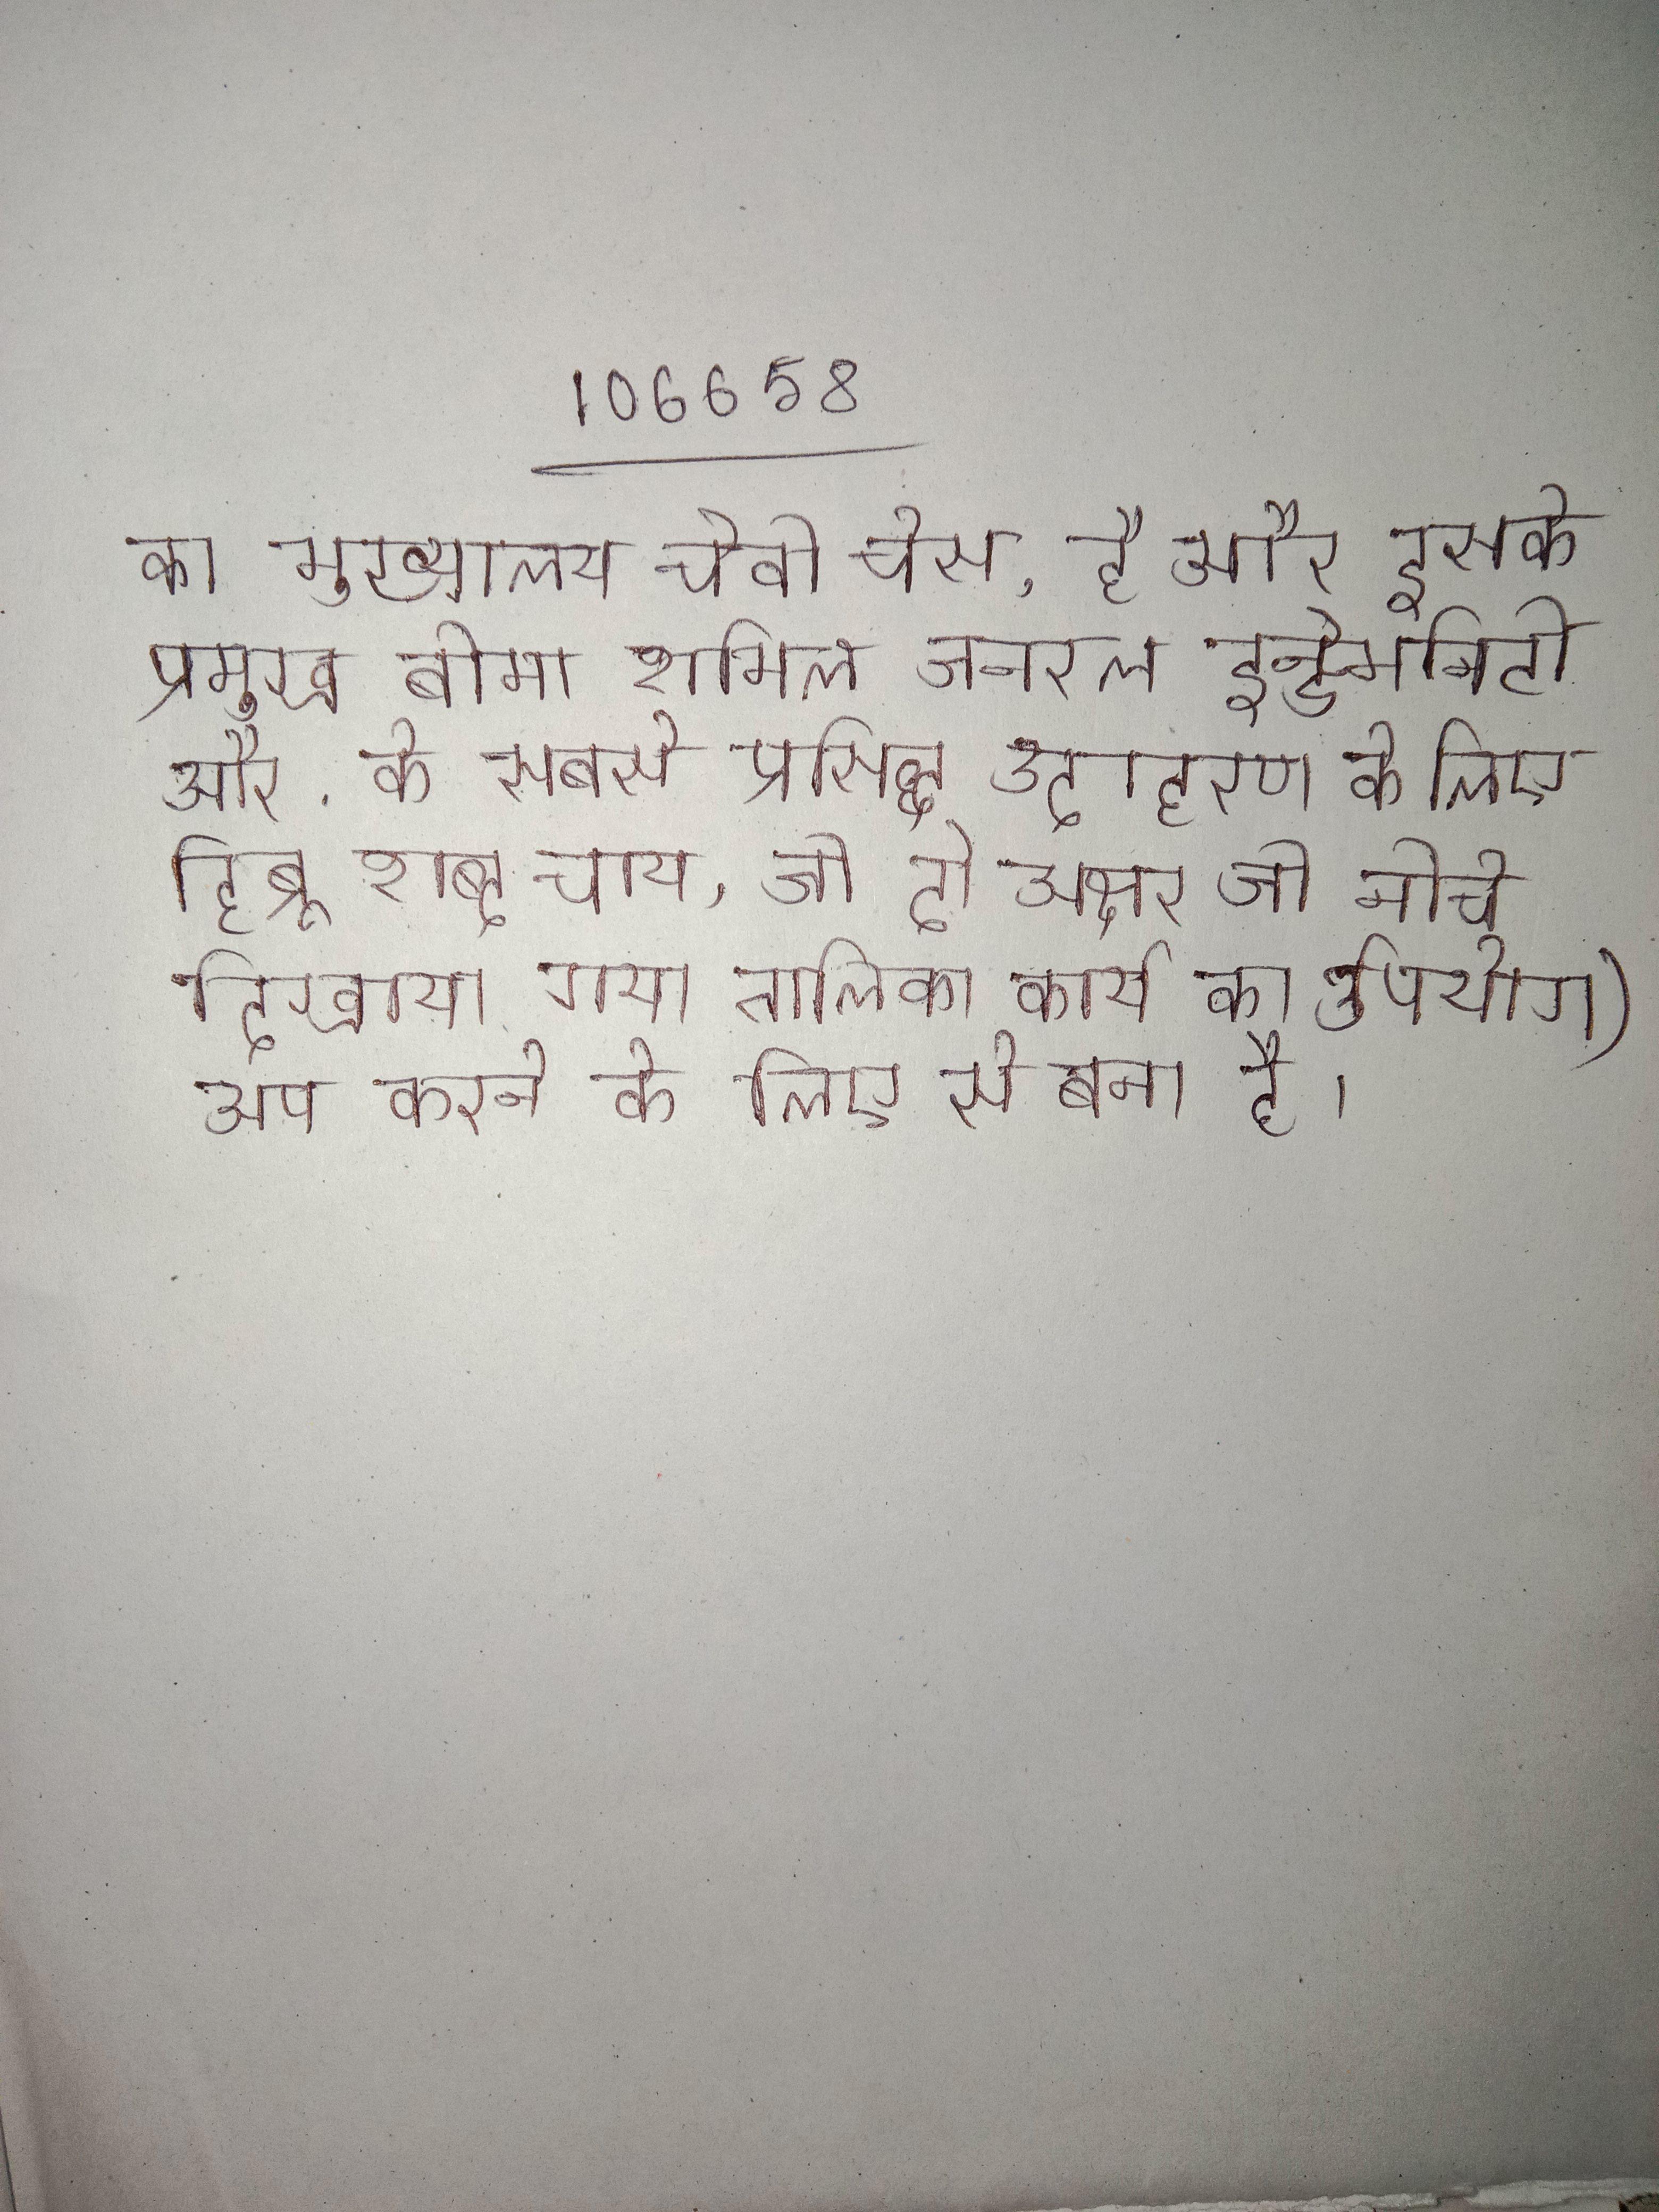
का मुख्यालय चेवी चेस, है और इसके प्रमुख बीमा शामिल जनरल इन्डेमनिटी और . के सबसे प्रसिद्ध उदाहरण के लिए हिब्रू शब्द चाय, जो दो अक्षर जो नीचे दिखाया गया तालिका कार्य का उपयोग) अप करने के लिए से बना है ।